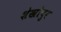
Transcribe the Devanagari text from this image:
शेखोपुर